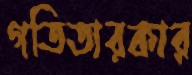
গতিতারকার